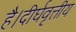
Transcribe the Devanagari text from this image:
है।दीर्घवृत्तीय